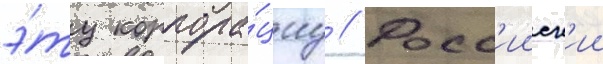
э́ту корпора́циу // Росс'ииск'ии